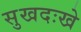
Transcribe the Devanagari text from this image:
सुखदःखे